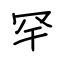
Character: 罕